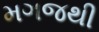
મગજથી